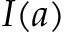
I ( a )